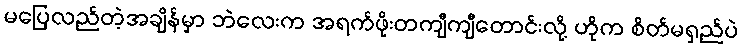
မပြေလည်တဲ့အချိန်မှာ ဘဲလေးက အရက်ဖိုးတကျီကျီတောင်းလို့ ဟိုက စိတ်မရှည်ပဲ